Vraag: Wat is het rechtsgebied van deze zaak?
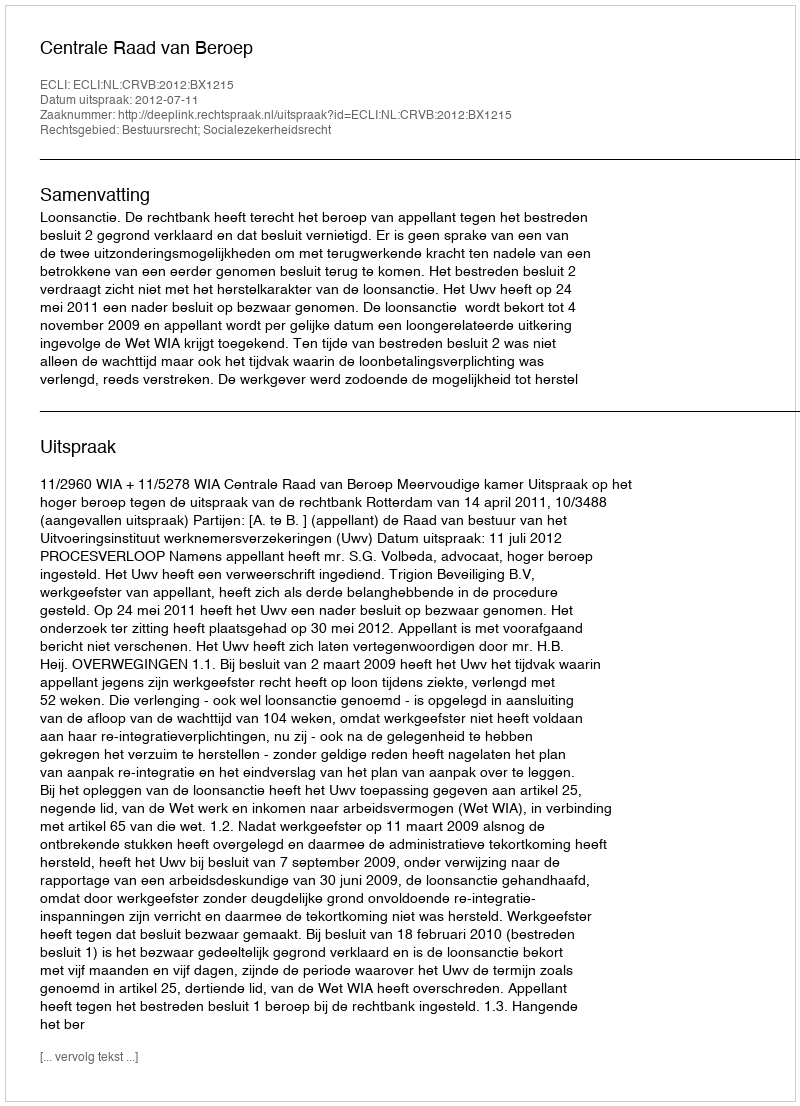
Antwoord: Bestuursrecht; Socialezekerheidsrecht